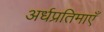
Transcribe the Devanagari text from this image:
अर्धप्रतिमाएँ